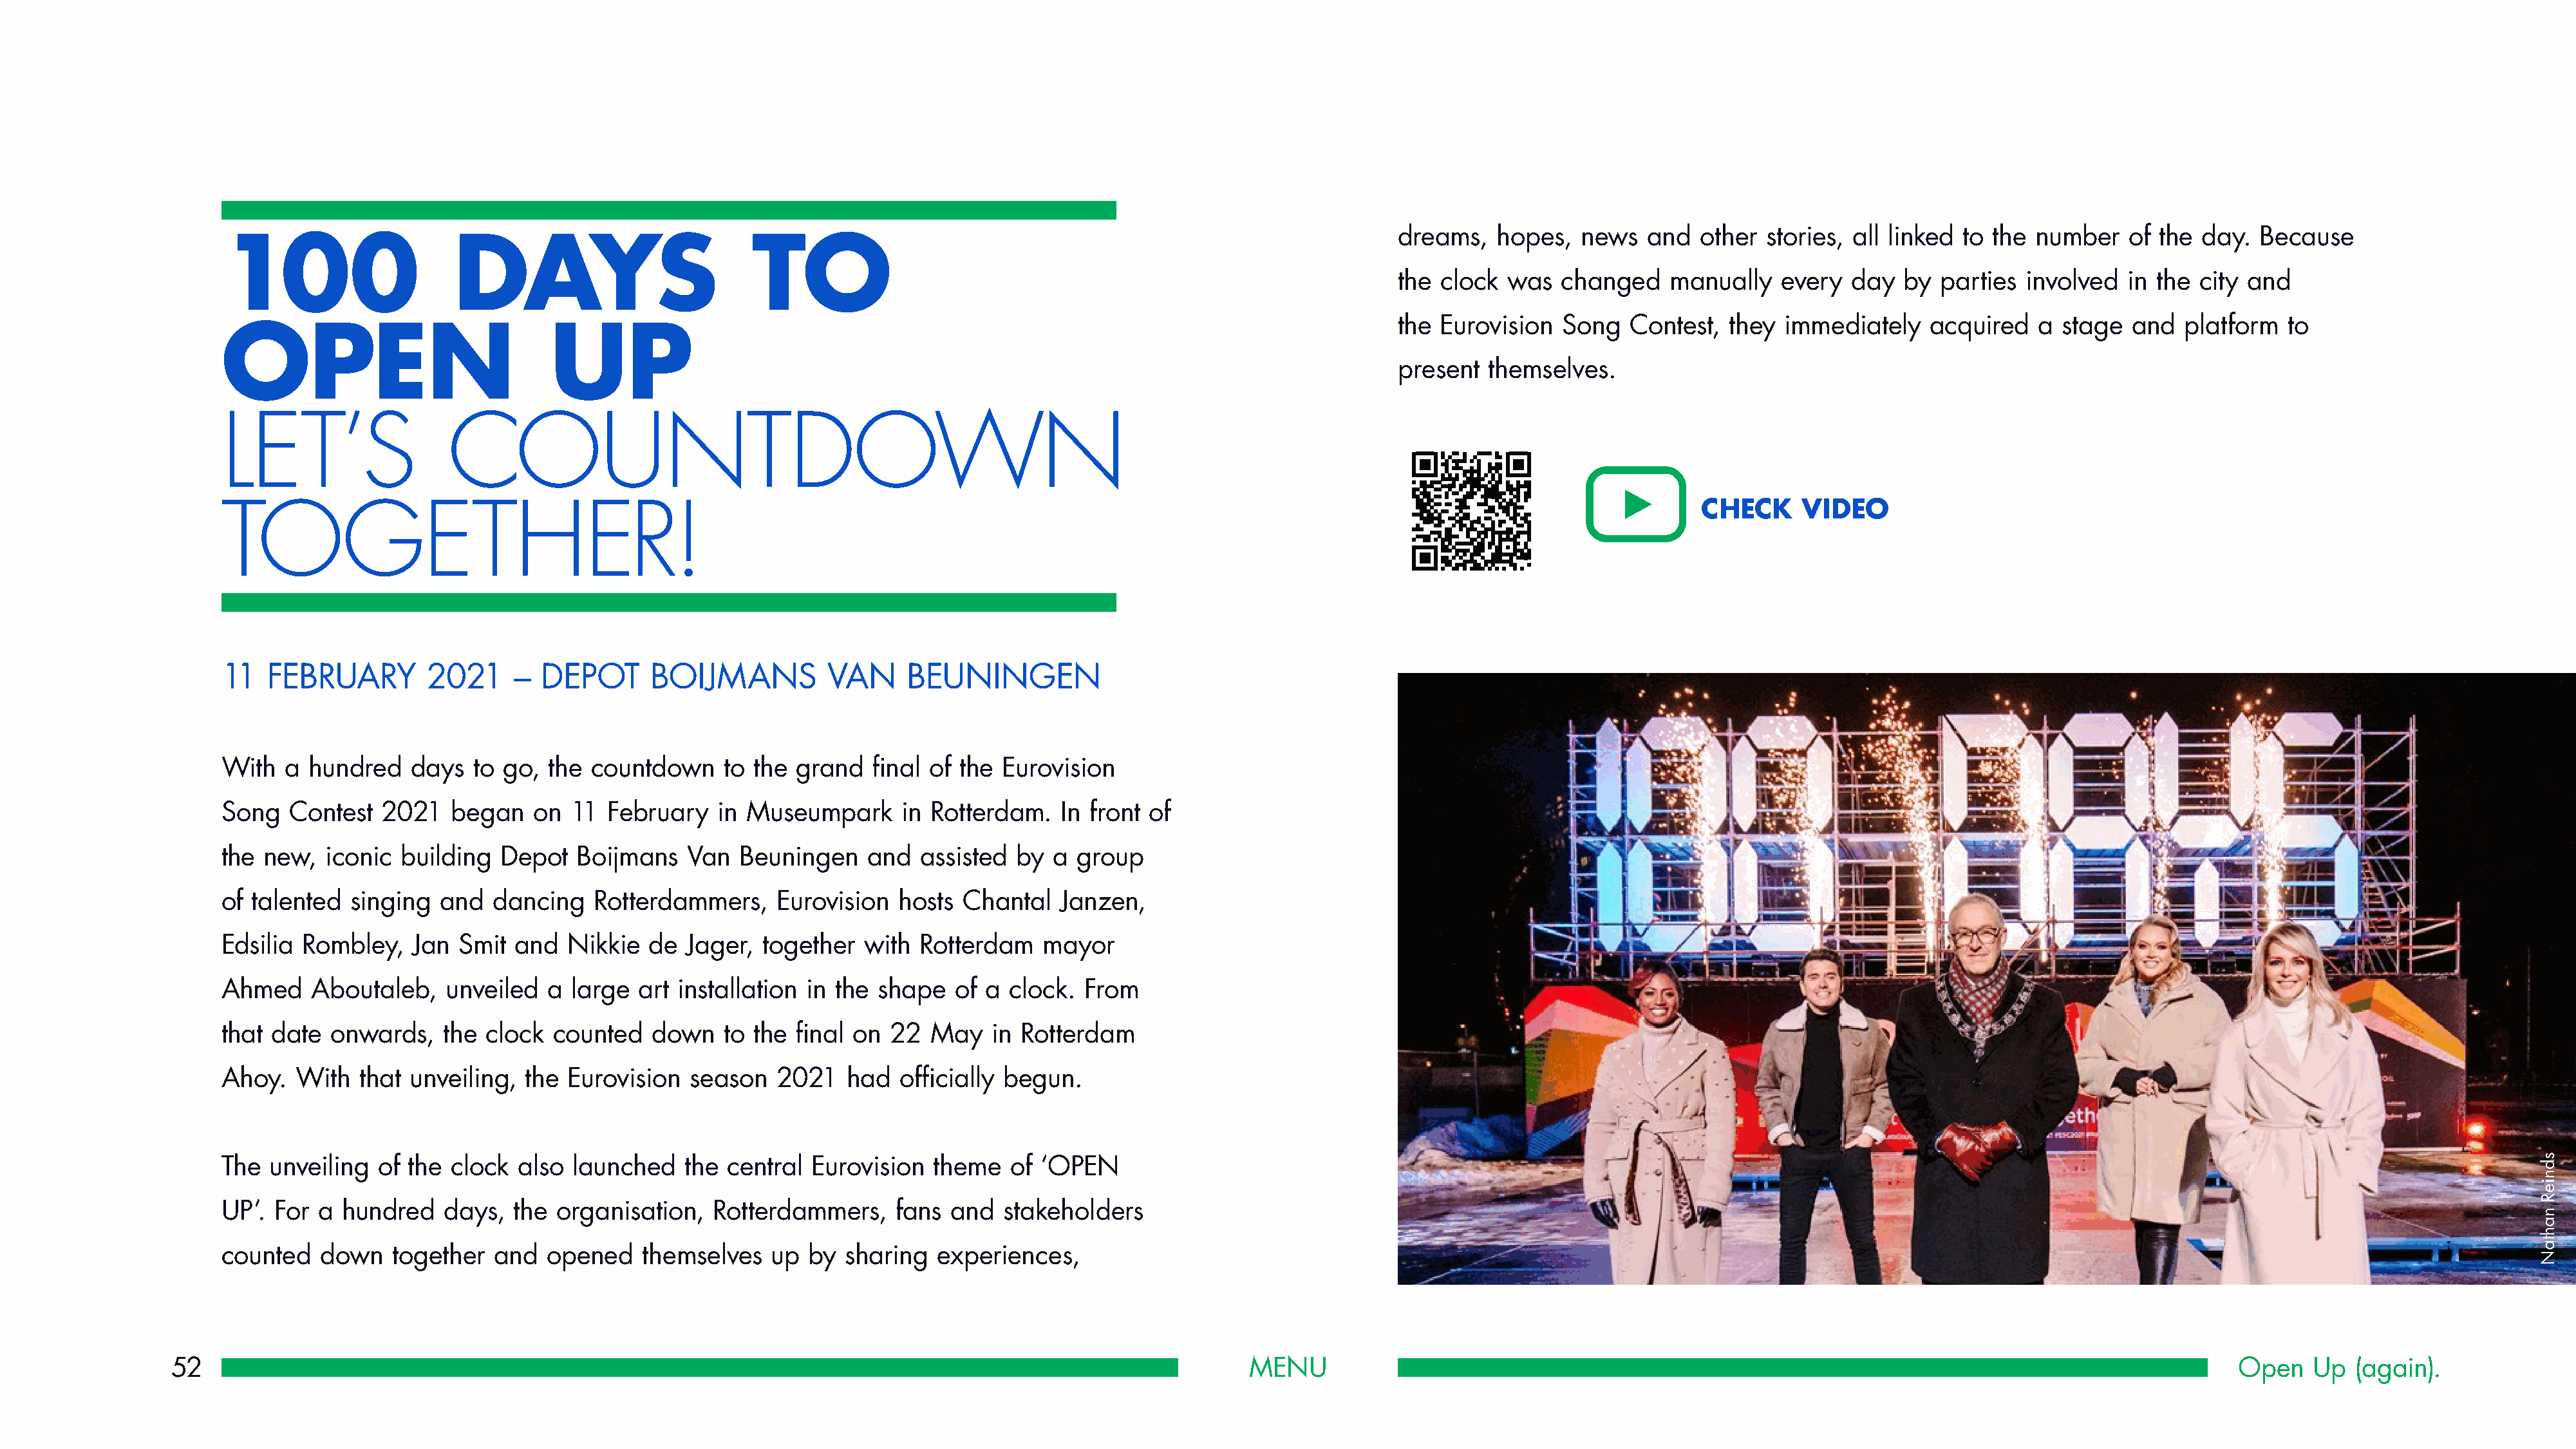
dreams,   hopes,   news  and   other  stories, all linked to the number    of the day.  Because
 100                     DAYS                          TO
 the clock  was   changed    manually   every  day   by parties  involved   in the city and
 the Eurovision   Song   Contest,  they immediately    acquired    a stage  and   platform  to
 OPEN                              UP
 present  themselves.
 LET’S                  COUNTDOWN
 CHECK     VIDEO
 TOGETHER!
 11  FEBRUARY         2021     –  DEPOT      BOIJMANS          VAN     BEUNINGEN
 With  a  hundred   days   to go, the  countdown    to  the grand   final of the Eurovision
 Song   Contest  2021   began    on  11 February    in Museumpark      in Rotterdam.   In front of
 the new,  iconic  building  Depot   Boijmans    Van  Beuningen    and   assisted  by a  group
 of talented  singing  and   dancing   Rotterdammers,     Eurovision  hosts  Chantal   Janzen,
 Edsilia Rombley,   Jan  Smit  and  Nikkie   de  Jager, together   with  Rotterdam   mayor
 Ahmed    Aboutaleb,    unveiled  a  large  art installation in the shape   of a  clock. From
 that date  onwards,    the clock  counted   down   to the  final on  22  May   in Rotterdam
 Ahoy.  With   that unveiling,  the Eurovision   season   2021   had   officially begun.
 The  unveiling  of the clock  also  launched   the  central Eurovision   theme   of ‘OPEN
 UP’. For  a hundred    days,  the organisation,   Rotterdammers,     fans  and  stakeholders
 counted   down   together   and  opened    themselves   up  by  sharing  experiences,
 52                                                                                                            MENU                                                                                                  Open    Up  (again).
 sdnieR
 nahtaN